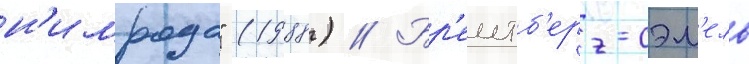
н'имрода" (1988) // Бр'еитб'ерг-сэм'ель